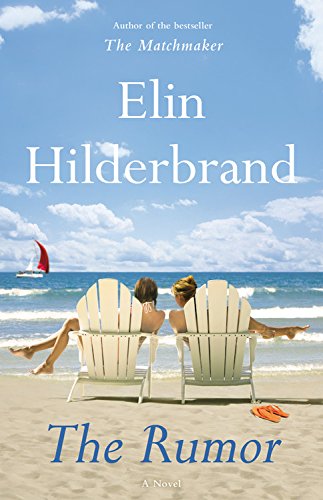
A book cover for The Rumor: A Novel; Elin Hilderbrand; Literature & Fiction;